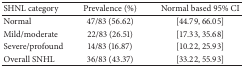
| SHNL category | Prevalence (%) | Normal based 95% CI |
 | --- | --- | --- |
 | Normal | 47/83 (56.62) | [44.79,66.05] |
 | Mild/moderate | 22/83 (26.51) | [17.33,35.68] |
 | Severe/profound | 14/83 (16.87) | [10.22,25.93] |
 | Overall SNHL | 36/83 (43.37) | [33.22,55.93] |